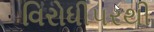
વિરોધીપરથી